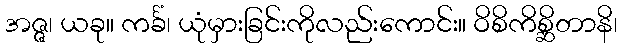
အဇ္ဇ၊ ယခု။ ကင်္ခံ၊ ယုံမှားခြင်းကိုလည်းကောင်း။ ဝိစိကိစ္ဆိတာနိ၊